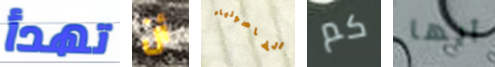
تهدأ أن الفاصولياء كم أيها